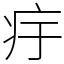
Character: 㽳